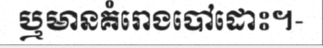
ឬមានគំរោងបៅដោះ។-